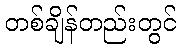
တစ်ချိန်တည်းတွင်